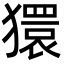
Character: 獧